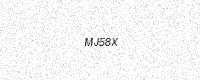
Text: MJ58X